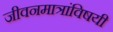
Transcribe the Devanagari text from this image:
जीवनमात्रांविषयी